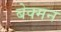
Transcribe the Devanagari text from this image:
बेक्मन